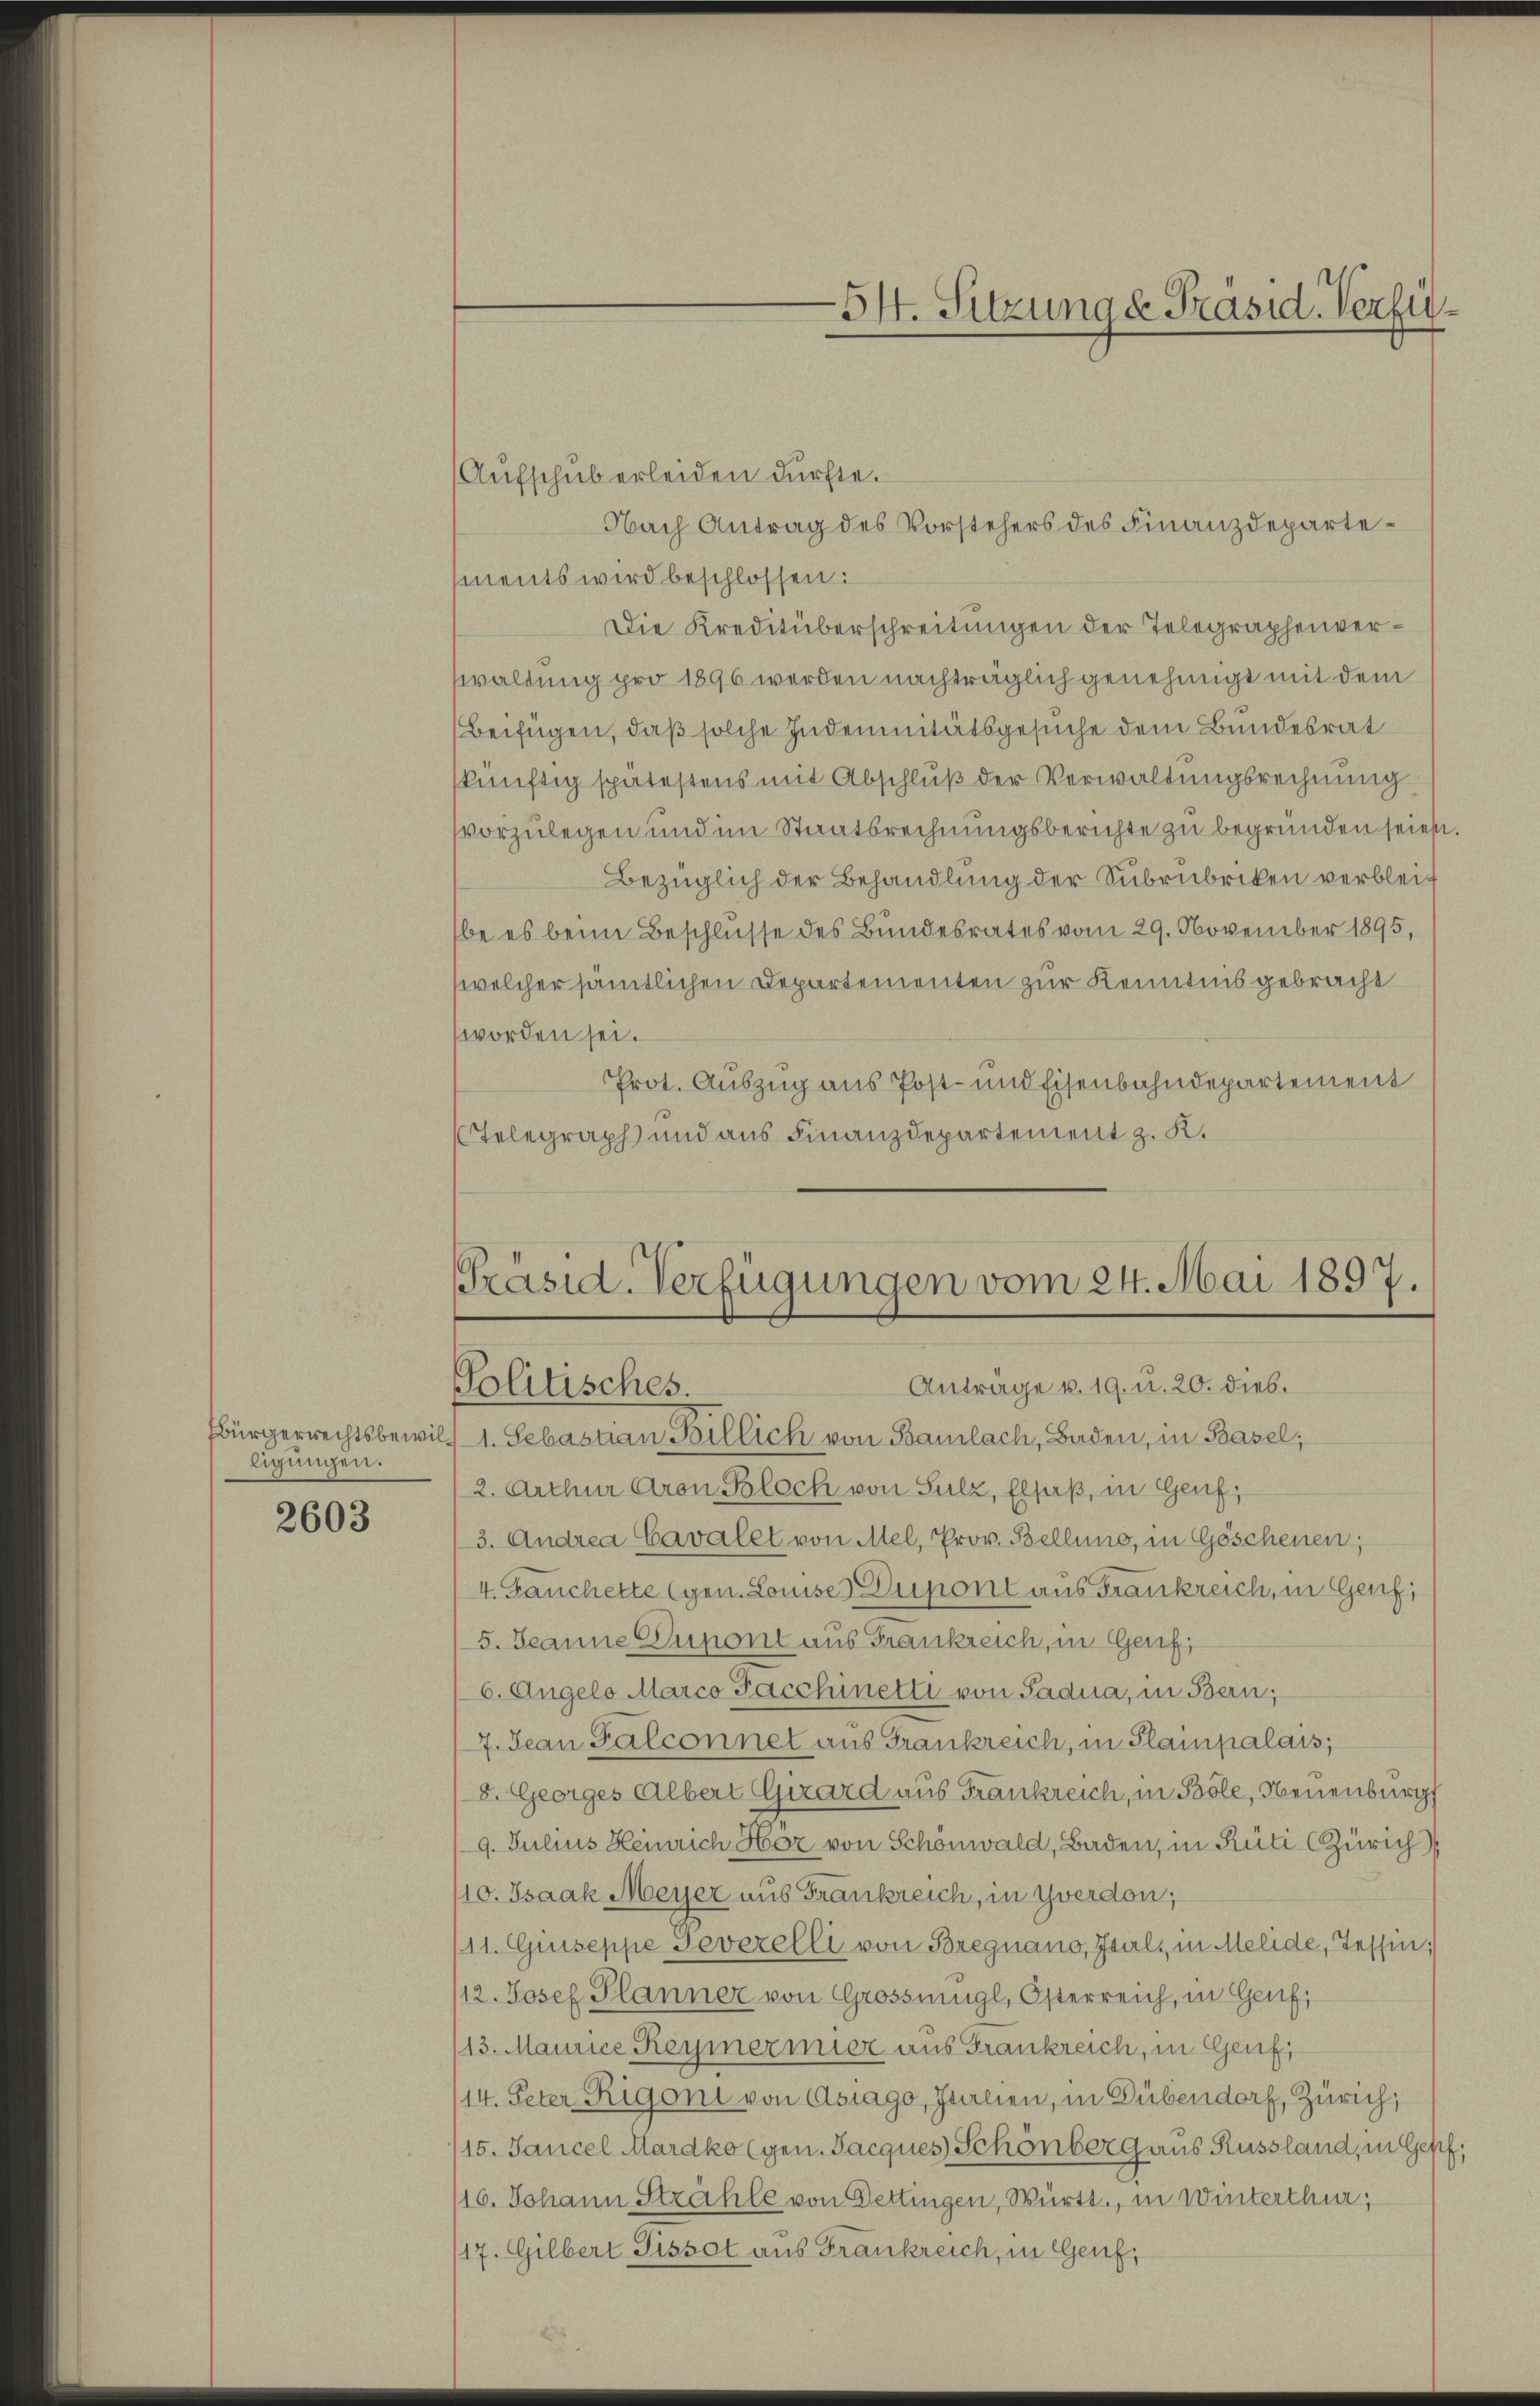
Bürgerrechtsbewil
ligungen.

2603

Aŭfschub erleiden dürfte.
Nach Antrag des Vorstehers des Finanzdepartements wird beschlossen:
Die Kreditüberschreitungen der Telegraphenverwaltung pro 1896 werden nachträglich genehmigt mit dem
Beifügen, daß solche Indemnitätsgesuche dem Bundesrat
skünftig spätestens mit Abschluß der Verwaltungsrechnung
vvorzulegen und im Staatsrechnungsberichte zu begründen seien.
Bezüglich der Behandlung der Subrubriken verblei
be es beim Beschlüsse des Bundesrates vom 29. November 1895,
welcher sämtlichen Departementen zur Kenntnis gebracht
worden sei.
Prot. Auszug aus Post- und Eisenbahndepartement
Telegraph und aus Finanzdepartement z. K.

54. Sitzung d. Präsid. Verfü¬

Präsid. Verfügungen vom 24. Mai 1897.
Anträge v. 19. u. 20. dies.
Politisches.

11. Sebastian Billich von Bamlach, Baden, in Basel;
2. Arthur Aron Bloch von Sulz, Elsaß, in Genf,
3. Andrea Cavalet von Mel, Prov. Bellung, in Göschenen;
4. Jauchette (gen. Louise Dupont aus Frankreich, in Genf,
5. Jeanne Dumont aus Frankreich, in Genf,
6. Angelo Marco Facchinetti von Sadia, in Bern;
7. Jean Falconnet aus Frankreich, in Plainpalais,
8. Georges Albert Girard aus Frankreich, in Böle, Neuenburg
9. Julius Heinrich Hör von Schönwald, Baden, in Rüti (Zürich
/10. Isaak Meyer aus Frankreich, in Yverdon;
11. Giuseppe Severelli von Bregnano, Psal, in Melide, Tessin;
/12. Josef Planner von Grossmügl, Österreich, in Genf,
13. Maurice Reymermier aus Frankreich, in Genf,
/14. Peter Rigoni von Asiago, Italien, in Dübendorf, Zürich,
15. Jancel Mardko (gen. Jacques Schönberg aus Russland, in Gepf;
116. Johann Strahle von Dettingen, Württ., in Winterthur;
117. Gilbert Pissot aus Frankreich, in Genf,